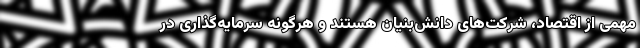
مهمی از اقتصاد، شرکت‌های دانش‌بنیان هستند و هرگونه سرمایه‌گذاری در